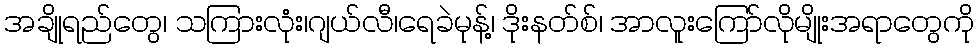
အချိုရည်တွေ၊ သကြားလုံး၊ဂျယ်လီ၊ရေခဲမုန့်၊ ဒိုးနတ်စ်၊ အာလူးကြော်လိုမျိုးအရာတွေကို